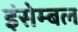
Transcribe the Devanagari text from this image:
इंसेम्बल